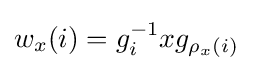
w_{x}(i)=g_{i}^{-1}xg_{\rho _{x}(i)}